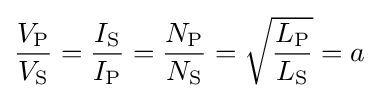
{\frac {V_{\text{P}}}{V_{\text{S}}}}={\frac {I_{\text{S}}}{I_{\text{P}}}}={\frac {N_{\text{P}}}{N_{\text{S}}}}={\sqrt {\frac {L_{\text{P}}}{L_{\text{S}}}}}=a